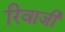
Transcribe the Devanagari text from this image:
रिवाजी